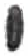
אות: י